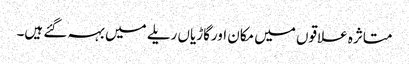
متاثرہ علاقوں میں مکان اورگاڑیاں ریلے میں بہہ گئے ہیں۔